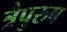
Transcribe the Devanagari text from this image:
त्रैपुरुष